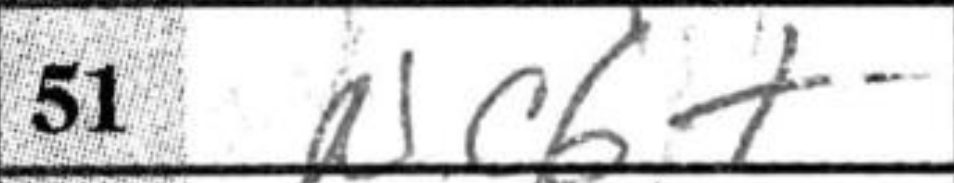
Transcription: Nc6+